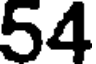
54